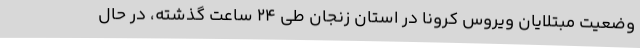
وضعیت مبتلایان ویروس کرونا در استان زنجان طی 24 ساعت گذشته، در حال